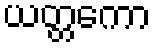
ယတ္တကော